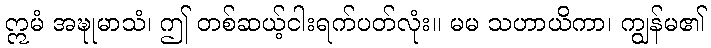
ဣမံ အဍ္ဎုမာသံ၊ ဤ တစ်ဆယ့်ငါးရက်ပတ်လုံး။ မမ သဟာယိကာ၊ ကျွန်မ၏